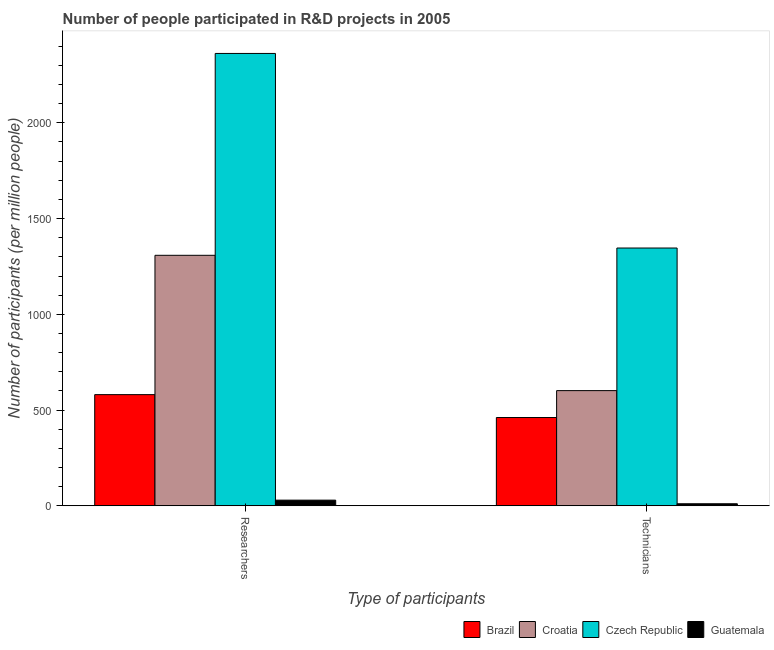
| Type of participants | Brazil | Croatia | Czech Republic | Guatemala |
 | --- | --- | --- | --- | --- |
 | Researchers | 580 | 1.31e+03 | 2.36e+03 | 29.4 |
 | Technicians | 461 | 601 | 1.35e+03 | 10.5 |